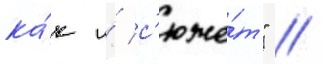
ка́к и́ с'юже́т" //